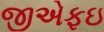
જીએફઇ